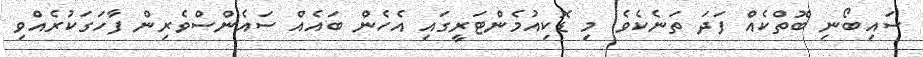
ސައިބޯނި ބޮތްކެއް ފަދަ ތަނެކެވެ. މި ޑޮކިއުމެންޓަރީގައި އެހެން ބައެއް ސައެންސްވެރިން ފާހަގަކުރެއްވި